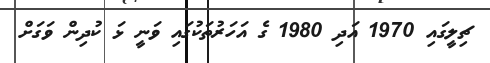
ޗިލީގައި 1970 އަދި 1980 ގެ އަހަރުތަކުގައި ވަނީ ޅަ ކުދިން ވަަގަށް